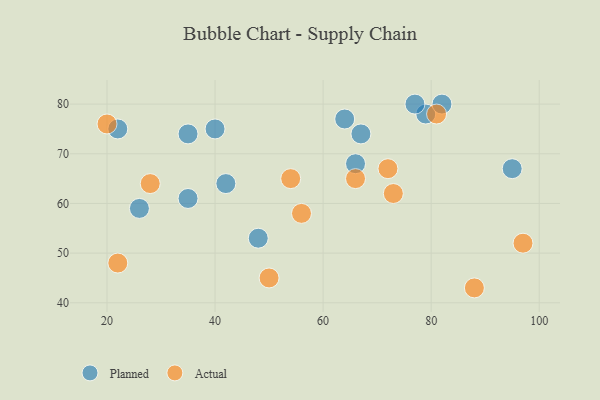
{"axis": {"x": "GDP", "y": "Life Expectancy"}, "legend": ["Actual", "Planned"], "data": [{"x": "26", "y": 59, "type": "Planned"}, {"x": "22", "y": 75, "type": "Planned"}, {"x": "66", "y": 68, "type": "Planned"}, {"x": "48", "y": 53, "type": "Planned"}, {"x": "64", "y": 77, "type": "Planned"}, {"x": "79", "y": 78, "type": "Planned"}, {"x": "35", "y": 61, "type": "Planned"}, {"x": "82", "y": 80, "type": "Planned"}, {"x": "42", "y": 64, "type": "Planned"}, {"x": "95", "y": 67, "type": "Planned"}, {"x": "35", "y": 74, "type": "Planned"}, {"x": "40", "y": 75, "type": "Planned"}, {"x": "77", "y": 80, "type": "Planned"}, {"x": "67", "y": 74, "type": "Planned"}, {"x": "66", "y": 65, "type": "Actual"}, {"x": "73", "y": 62, "type": "Actual"}, {"x": "22", "y": 48, "type": "Actual"}, {"x": "97", "y": 52, "type": "Actual"}, {"x": "81", "y": 78, "type": "Actual"}, {"x": "20", "y": 76, "type": "Actual"}, {"x": "72", "y": 67, "type": "Actual"}, {"x": "54", "y": 65, "type": "Actual"}, {"x": "28", "y": 64, "type": "Actual"}, {"x": "50", "y": 45, "type": "Actual"}, {"x": "88", "y": 43, "type": "Actual"}, {"x": "56", "y": 58, "type": "Actual"}]}